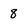
Character: 8